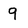
Character: 9